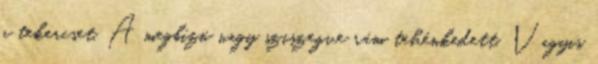
a tekercset. A megbízó nagy sziszegve rám tehénkedett. Vagyis